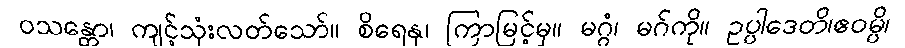
ဝသန္တော၊ ကျင့်သုံးလတ်သော်။ စိရေနု၊ ကြာမြင့်မှ။ မဂ္ဂံ၊ မဂ်ကို။ ဥပ္ပါဒေတိ၊ဧဝမ္ပိ၊